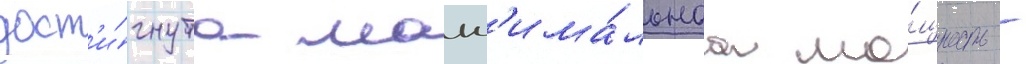
дост'и́гнута макс'има́льнаа мо́щность -